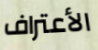
الأعتراف